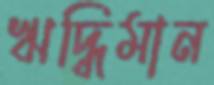
ঋদ্ধিমান